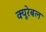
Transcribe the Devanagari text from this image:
क्यूरेबल